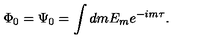
\Phi _ { 0 } = \Psi _ { 0 } = \int d m E _ { m } e ^ { - i m \tau } .